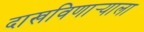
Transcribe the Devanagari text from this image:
दाखविणार्‍याला